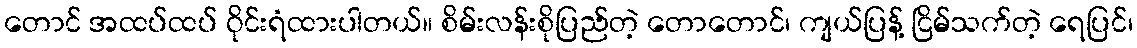
တောင် အထပ်ထပ် ဝိုင်းရံထားပါတယ်။ စိမ်းလန်းစိုပြည်တဲ့ တောတောင်၊ ကျယ်ပြန့် ငြိမ်သက်တဲ့ ရေပြင်၊